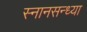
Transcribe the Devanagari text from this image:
स्नानसन्ध्या